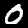
Digit: 0